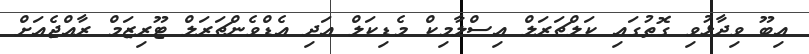
އިބޫ ވިދާޅުވި ގޮތުގައި ކަލްޗަރަލް އިސްލާމިކް މެޑިކަލް އަދި އެޑްވެންޗަރަލް ޓޫރިޒަމް ރާއްޖެއަށް